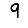
Digit: 9